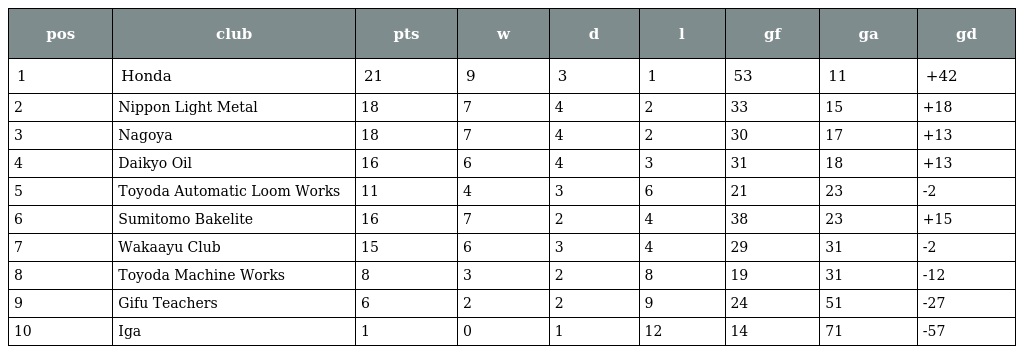
| pos | club | pts | w | d | l | gf | ga | gd |
 | --- | --- | --- | --- | --- | --- | --- | --- | --- |
 | 1 | Honda | 21 | 9 | 3 | 1 | 53 | 11 | +42 |
 | 2 | Nippon Light Metal | 18 | 7 | 4 | 2 | 33 | 15 | +18 |
 | 3 | Nagoya | 18 | 7 | 4 | 2 | 30 | 17 | +13 |
 | 4 | Daikyo Oil | 16 | 6 | 4 | 3 | 31 | 18 | +13 |
 | 5 | Toyoda Automatic Loom Works | 11 | 4 | 3 | 6 | 21 | 23 | -2 |
 | 6 | Sumitomo Bakelite | 16 | 7 | 2 | 4 | 38 | 23 | +15 |
 | 7 | Wakaayu Club | 15 | 6 | 3 | 4 | 29 | 31 | -2 |
 | 8 | Toyoda Machine Works | 8 | 3 | 2 | 8 | 19 | 31 | -12 |
 | 9 | Gifu Teachers | 6 | 2 | 2 | 9 | 24 | 51 | -27 |
 | 10 | Iga | 1 | 0 | 1 | 12 | 14 | 71 | -57 |